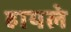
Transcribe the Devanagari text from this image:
हायले